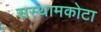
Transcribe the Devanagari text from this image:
सस्थामकोटा